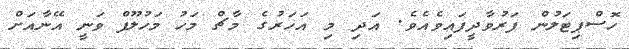
ހޮސްޕިޓަލުން ފަރުވާދީފައިވެއެވެ. އަދި މި އަހަރުގެ މާޗް މަހު މަހުލޫފް ވަނީ އޭނާއަށް